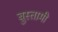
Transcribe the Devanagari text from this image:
बुस्तामी